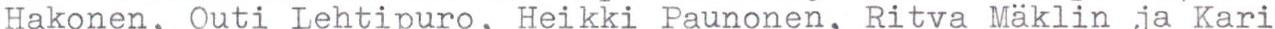
Hakonen, Outi Lehtipuro, Heikki Paunonen, Ritva Mäklin ja'Kari